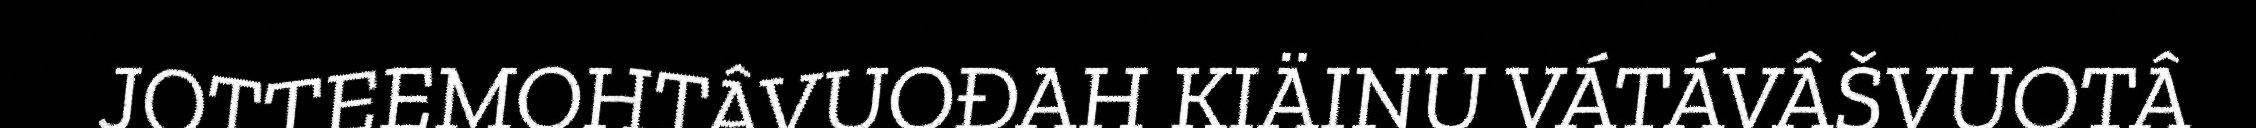
JOTTEEMOHTÂVUOĐAH KIÄINU VÁTÁVÂŠVUOTÂ